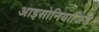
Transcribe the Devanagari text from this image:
आइसोनियाजिड